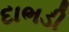
દાભડી